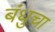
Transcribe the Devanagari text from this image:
बंधुचा